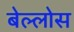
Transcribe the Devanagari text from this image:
बेल्लोस